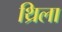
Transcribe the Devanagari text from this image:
थ्रिला